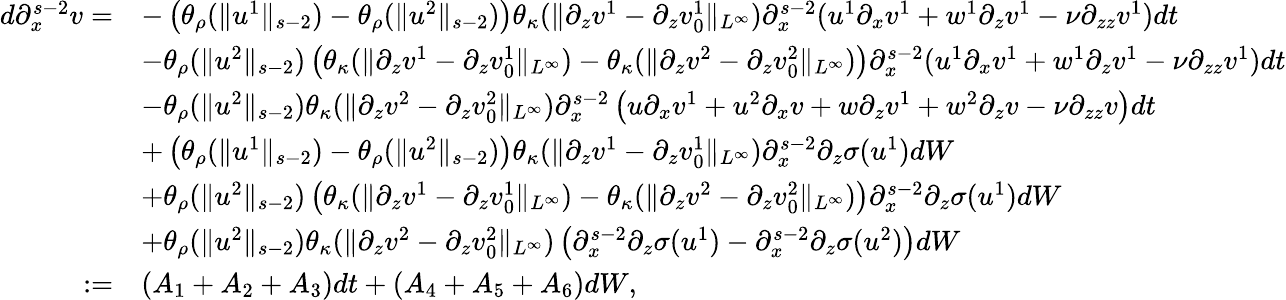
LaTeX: \begin{array}{rl}{d\partial_{x}^{s-2}v=}&{-\left(\theta_{\rho}(\| u^{1}\| _{s-2})-\theta_{\rho}(\| u^{2}\| _{s-2})\right)\theta_{\kappa}(\| \partial_{z}v^{1}-\partial_{z}v_{0}^{1}\| _{L^{\infty}})\partial_{x}^{s-2}(u^{1}\partial_{x}v^{1}+w^{1}\partial_{z}v^{1}-\nu\partial_{zz}v^{1})dt}\\ &{-\theta_{\rho}(\| u^{2}\| _{s-2})\left(\theta_{\kappa}(\| \partial_{z}v^{1}-\partial_{z}v_{0}^{1}\| _{L^{\infty}})-\theta_{\kappa}(\| \partial_{z}v^{2}-\partial_{z}v_{0}^{2}\| _{L^{\infty}})\right)\partial_{x}^{s-2}(u^{1}\partial_{x}v^{1}+w^{1}\partial_{z}v^{1}-\nu\partial_{zz}v^{1})dt}\\ &{-\theta_{\rho}(\| u^{2}\| _{s-2})\theta_{\kappa}(\| \partial_{z}v^{2}-\partial_{z}v_{0}^{2}\| _{L^{\infty}})\partial_{x}^{s-2}\left(u\partial_{x}v^{1}+u^{2}\partial_{x}v+w\partial_{z}v^{1}+w^{2}\partial_{z}v-\nu\partial_{zz}v\right)dt}\\ &{+\left(\theta_{\rho}(\| u^{1}\| _{s-2})-\theta_{\rho}(\| u^{2}\| _{s-2})\right)\theta_{\kappa}(\| \partial_{z}v^{1}-\partial_{z}v_{0}^{1}\| _{L^{\infty}})\partial_{x}^{s-2}\partial_{z}\sigma(u^{1})dW}\\ &{+\theta_{\rho}(\| u^{2}\| _{s-2})\left(\theta_{\kappa}(\| \partial_{z}v^{1}-\partial_{z}v_{0}^{1}\| _{L^{\infty}})-\theta_{\kappa}(\| \partial_{z}v^{2}-\partial_{z}v_{0}^{2}\| _{L^{\infty}})\right)\partial_{x}^{s-2}\partial_{z}\sigma(u^{1})dW}\\ &{+\theta_{\rho}(\| u^{2}\| _{s-2})\theta_{\kappa}(\| \partial_{z}v^{2}-\partial_{z}v_{0}^{2}\| _{L^{\infty}})\left(\partial_{x}^{s-2}\partial_{z}\sigma(u^{1})-\partial_{x}^{s-2}\partial_{z}\sigma(u^{2})\right)dW}\\ {:=}&{(A_{1}+A_{2}+A_{3})dt+(A_{4}+A_{5}+A_{6})dW,}\end{array}